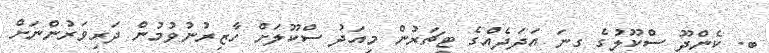
ބ. ކެންދޫ ސްކޫލުގެ ގިނަ އަދަދެއްގެ ޓީޗަރުން މިއަދު ސްކޫލަށް ހާޒިރުނުވުމުން ދަރިވަރުންނަށް